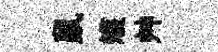
鼠矱艸